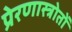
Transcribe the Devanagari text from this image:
प्रेरणास्त्रोतों